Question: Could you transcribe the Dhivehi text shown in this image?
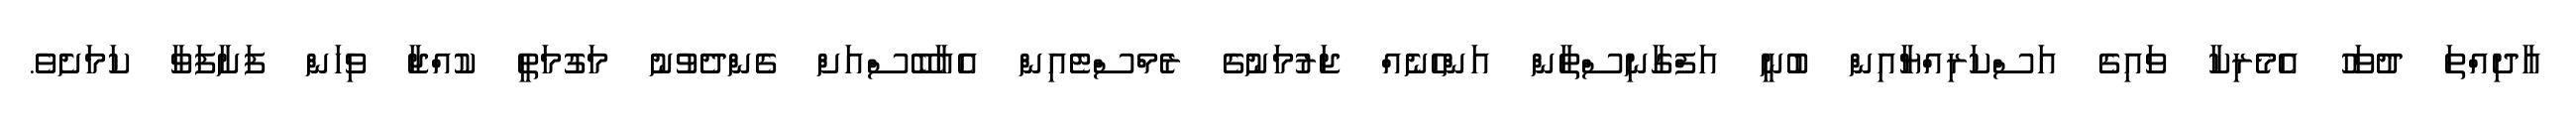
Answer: އާދިއްތަ ދުވަހު އެމެރިކާ ވައިގެ އަސްކަރިއްޔާއިން ބުނީ އަފްގާނިސްތާން އަންހެނެއް ޖަރުމަނުގެ ރެމްސްޓެއިން އެއާބޭސްއަށް ގެންދެވުނު މަގުމަތީ ކުއްޖާ ވިހަން ފަށާފަވާ ކަމަށެވެ.